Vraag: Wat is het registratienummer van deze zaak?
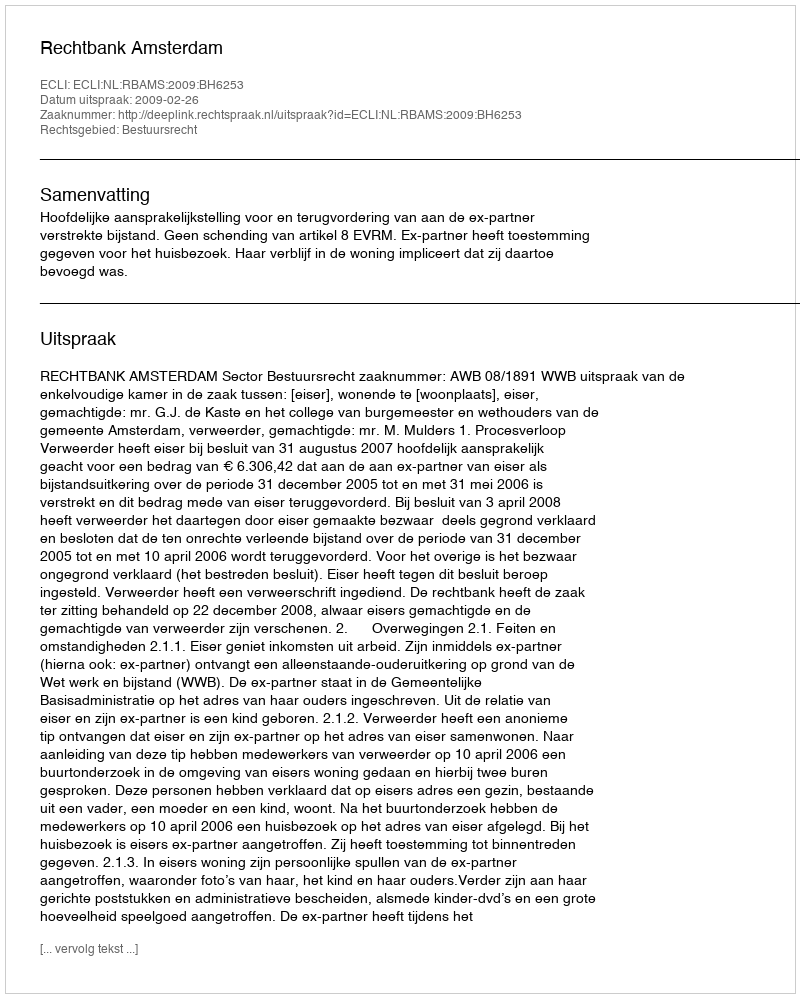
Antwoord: http://deeplink.rechtspraak.nl/uitspraak?id=ECLI:NL:RBAMS:2009:BH6253